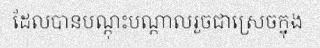
ដែលបានបណ្តុះបណ្តាលរួចជាស្រេចក្នុង